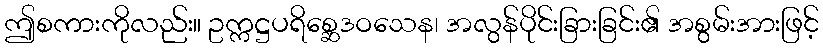
ဤစကားကိုလည်း။ ဥက္ကဋ္ဌပရိစ္ဆေဒဝသေန၊ အလွန်ပိုင်းခြားခြင်း၏ အစွမ်းအားဖြင့်